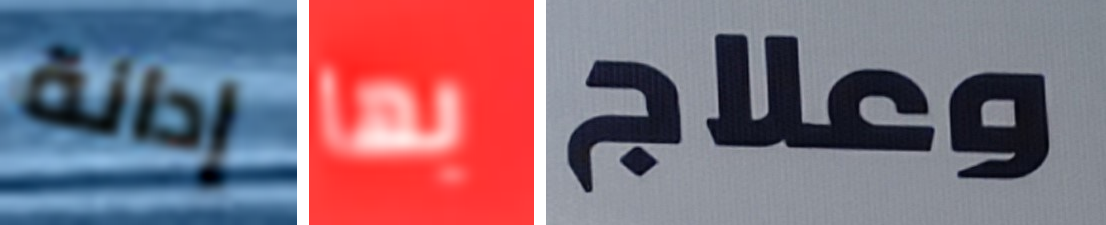
إدانة بها وعلاج